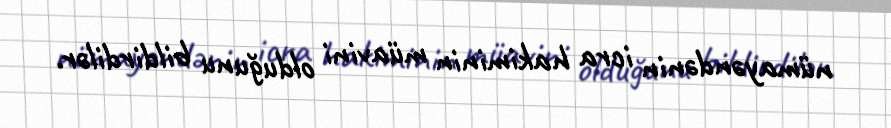
nümayəndənin icra hakiminin müavini olduğunu bildirdilər.